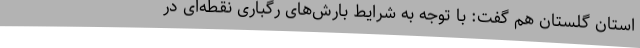
استان گلستان هم گفت: با توجه به شرایط بارش‌های رگباری نقطه‌ای در